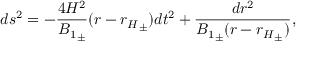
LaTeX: d s ^ { 2 } = - \frac { 4 H ^ { 2 } } { { B _ { 1 } } _ { \pm } } ( r - { r _ { H } } _ { \pm } ) d t ^ { 2 } + \frac { d r ^ { 2 } } { { B _ { 1 } } _ { \pm } ( r - { r _ { H } } _ { \pm } ) } ,